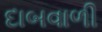
દાબવાળી